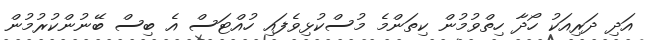
އަދި ދަރިއަކު ހޯދާ ހިތްވުމުން ކިތަންމެ މުސްކުޅިވެފައި ހުއްޓަސް އެ ބިސް ބޭނުންކުރުމުން